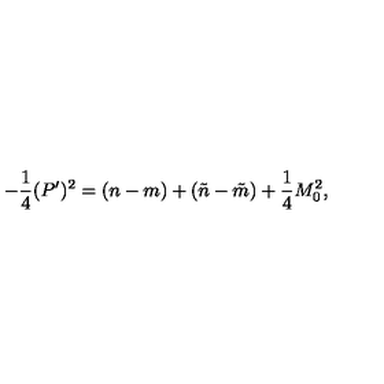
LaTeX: - \frac { 1 } { 4 } ( P ^ { \prime } ) ^ { 2 } = ( n - m ) + ( \tilde { n } - \tilde { m } ) + \frac { 1 } { 4 } M _ { 0 } ^ { 2 } ,